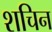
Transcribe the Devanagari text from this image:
शचिन